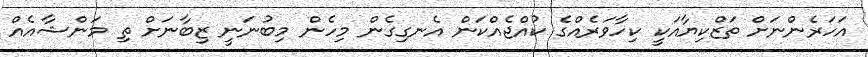
އަަހަރެންނަށް ތަޒްކިޔާއަކީ ކިހާވަރެއްގެ ކުއްޖެއްކަން އެނގިގެން މިހެން މިބުނަނީ ޒިބާނަށް ތި މަންޝާއެއް